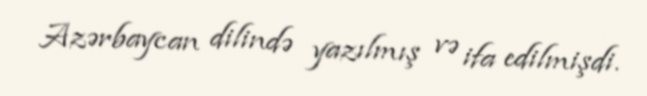
Azərbaycan dilində yazılmış və ifa edilmişdi.